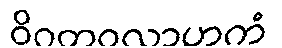
ဝိဂတဝလာဟကံ